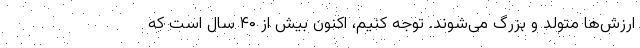
ارزش‌ها متولد و بزرگ می‌شوند. توجه کنیم، اکنون بیش از ۴۰ سال است که